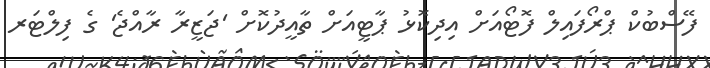
ފޭސްބުުކް ޕްރޯފައިލް ފޮޓޯއަށް އިދިކޮޅު ޕާޓީއަށް ތާއީދުކޮށް 'ޖަޒީރާ ރާއްޖެ' ގެ ފިލްޓަރ